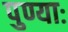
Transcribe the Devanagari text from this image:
पुण्याः